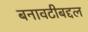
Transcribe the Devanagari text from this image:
बनावटीबद्दल